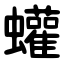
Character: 蠸